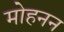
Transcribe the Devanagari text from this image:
मोहनन